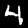
Label: 4